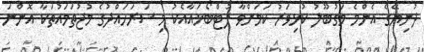
ދުނިޔޭގެ އެންމެ މަގުބޫލު ކުޅިވަރު ކަމަށްވާ ފުޓްބޯޅައާއެކު މި ސަރަހައްދުގެ މުޖުތަމައުތަކާ އޮންނަ